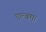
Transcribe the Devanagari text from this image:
एल्बम।